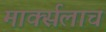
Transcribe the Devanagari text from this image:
मार्क्‍सलाच